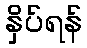
နှိပ်ရန်